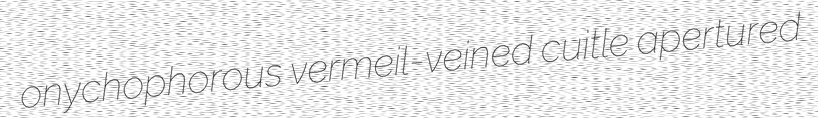
onychophorous vermeil-veined cuitle apertured